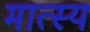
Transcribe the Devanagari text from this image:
मात्स्य